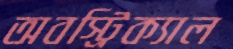
অবস্ট্রিক্যাল